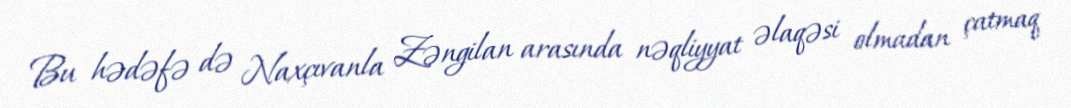
Bu hədəfə də Naxçıvanla Zəngilan arasında nəqliyyat əlaqəsi olmadan çatmaq